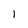
Character: l